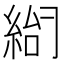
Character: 𰫨